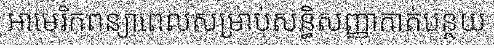
អាមេរិកពន្យាពេលសម្រាប់សន្ធិសញ្ញាកាត់បន្ថយ